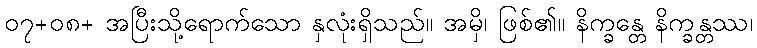
၀၇+၀၈+ အပြီးသို့ရောက်သော နှလုံးရှိသည်။ အမှိ၊ ဖြစ်၏။ နိက္ခန္တေ နိက္ခန္တဿ၊